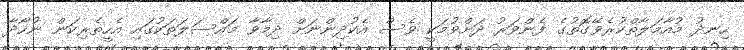
ހިނދު މުއާމަލާތްކުރެވޭގޮތުގެ ފެންވަރު ދަށްވުމަކީ ވެސް އެކުދިންނަށް ދިމާވާ މައްސަލަތަކުގައި އެހީތެރިކަން ނުހޯދާ